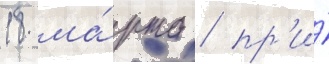
18 ма́рта / пр'и́